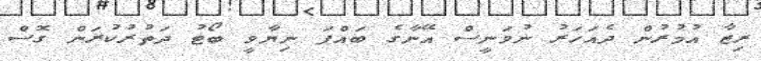
ރިޒާ އުމުރުން ދެއަހަރު ނުވަނީސް އޭނާގެ ބައްޕަ ނިޔާވީ ބޯޓު ދަތުރުކުރަން ގޮސް